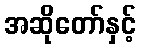
အဆိုတော်နှင့်